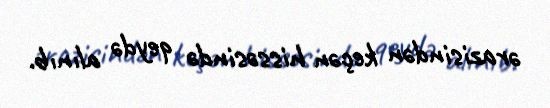
ərazisindən keçən hissəsində qeydə alınıb.